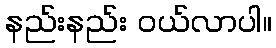
နည်းနည်း ဝယ်လာပါ။